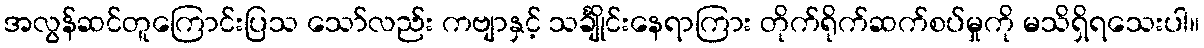
အလွန်ဆင်တူကြောင်းပြသ သော်လည်း ကဗျာနှင့် သင်္ချိုင်းနေရာကြား တိုက်ရိုက်ဆက်စပ်မှုကို မသိရှိရသေးပါ။